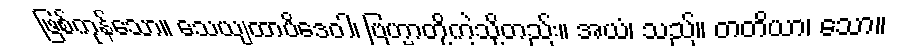
ဖြစ်ကုန်သော။ သေယျထာပိဒေဝါ၊ ဗြဟ္မာတို့ကဲ့သို့တည်း။ အယံ၊ သည်။ တတိယာ၊ သော။